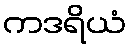
ကဒရိယံ